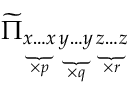
\widetilde { \Pi } _ { \underbrace { x \dots x } _ { \times p } \underbrace { y \dots y } _ { \times q } \underbrace { z \dots z } _ { \times r } }